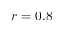
r = 0 . 8